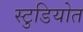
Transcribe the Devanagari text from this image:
स्टुडियोत